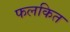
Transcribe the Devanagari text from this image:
फलकित